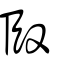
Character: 臤